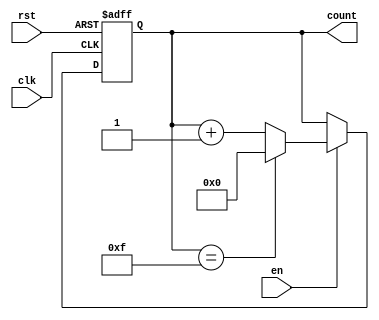
module MemoryBlocksUpCounter #(
    parameter WIDTH = 4 // Define the width of the counter (e.g., 4 bits)
) (
    input wire clk,      // Clock input
    input wire rst,      // Asynchronous reset input
    input wire en,       // Enable input
    output reg [WIDTH-1:0] count // Counter output
);

// Maximum count value based on the width
localparam MAX_COUNT = (1 << WIDTH) - 1; // 2^WIDTH - 1

// Always block for synchronous logic
always @(posedge clk or posedge rst) begin
    if (rst) begin
        count <= 0; // Reset the counter to zero
    end else if (en) begin
        if (count == MAX_COUNT) begin
            count <= 0; // Wrap around to zero
        end else begin
            count <= count + 1; // Increment the counter
        end
    end
end

endmodule